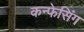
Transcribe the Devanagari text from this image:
कन्फेसिंग